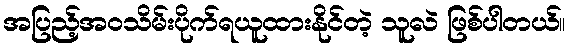
အပြည့်အဝသိမ်းပိုက်ရယူထားနိုင်တဲ့ သူလဲ ဖြစ်ပါတယ်။